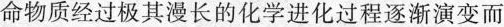
命物质经过极其漫长的化学进化过程逐渐演变而